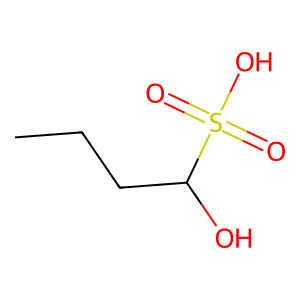
SMILES: CCCC(O)S(=O)(=O)O
Inhibits HIV replication: No